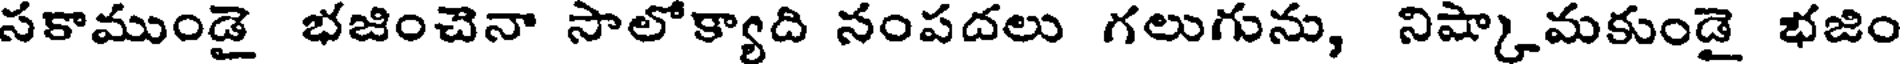
సకాముండై భజించెనా సాలోక్యాది నంపదలు గలుగును, నిష్కామకుండై భజిం